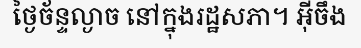
ថ្ងៃច័ន្ទល្ងាច នៅក្នុងរដ្ឋសភា។ អ៊ីចឹង